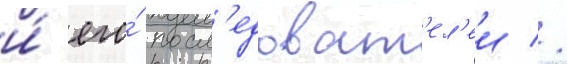
и́ его́ посл'едоват'ел'еи //